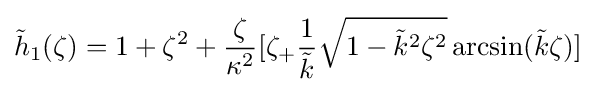
{\tilde {h}}_{1}(\zeta )=1+\zeta ^{2}+{\frac {\zeta }{\kappa ^{2}}}[\zeta _{+}{\frac {1}{\tilde {k}}}{\sqrt {1-{\tilde {k}}^{2}\zeta ^{2}}}\arcsin({\tilde {k}}\zeta )]